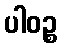
ပါဝဉ္စ